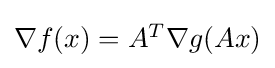
{\textstyle \nabla f(x)=A^{T}\nabla g(Ax)}